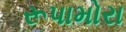
રૂપામોરા